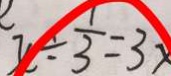
x \div \frac { 1 } { 3 } = 3 x